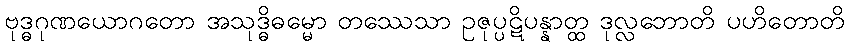
ဗုဒ္ဓဂုဏယောဂတော အသုဒ္ဓိဓမ္မော တဿေသာ ဥဇုပ္ပဋိပန္နာတ္ထ ဒုလ္လဘောတိ ပဟိတောတိ